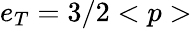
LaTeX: e_{T}=3/2<p>